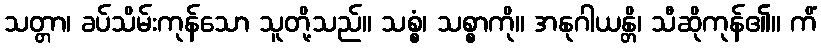
သတ္တာ၊ ခပ်သိမ်းကုန်သော သူတို့သည်။ သစ္စံ၊ သစ္စာကို။ အနုဂါယန္တိ၊ သီဆိုကုန်၏။ ကိံ